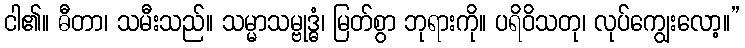
ငါ၏။ ဓီတာ၊ သမီးသည်။ သမ္မာသမ္ဗုဒ္ဓံ၊ မြတ်စွာ ဘုရားကို။ ပရိဝိသတု၊ လုပ်ကျွေးလော့။”